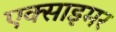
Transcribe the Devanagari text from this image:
एक्‍साइमर